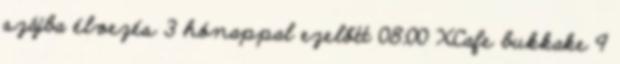
szájba élvezés 3 hónappal ezelőtt 08:00 XCafe bukkake 9